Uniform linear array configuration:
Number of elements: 64
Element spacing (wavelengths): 0.5
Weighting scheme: hann
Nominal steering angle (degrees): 45
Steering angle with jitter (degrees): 45.984
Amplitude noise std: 0.05
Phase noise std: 0.05

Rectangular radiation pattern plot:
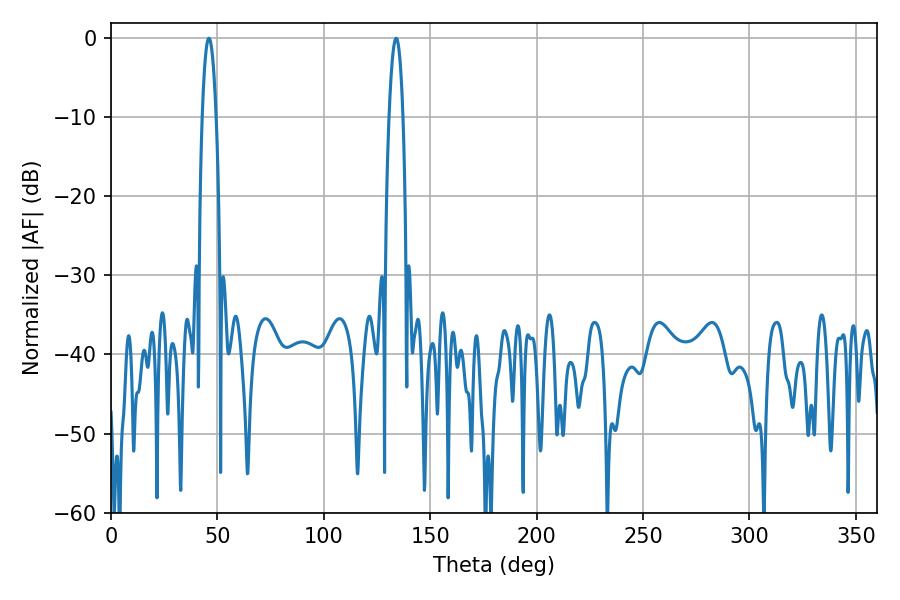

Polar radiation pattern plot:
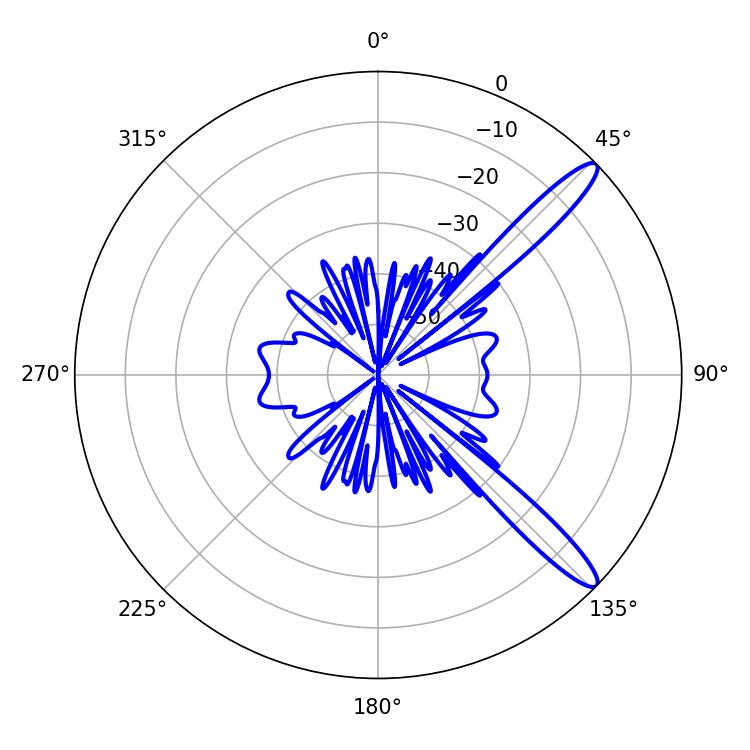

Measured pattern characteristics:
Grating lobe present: FALSE
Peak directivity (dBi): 13.069
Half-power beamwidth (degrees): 3.6
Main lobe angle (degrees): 133.92